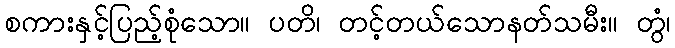
စကားနှင့်ပြည့်စုံသော။ ပတိ၊ တင့်တယ်သောနတ်သမီး။ တွံ၊